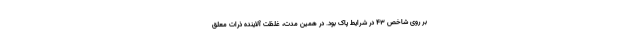
بر روی شاخص ۴۳ در شرایط پاک بود. در همین مدت، غلظت آلاینده ذرات معلق